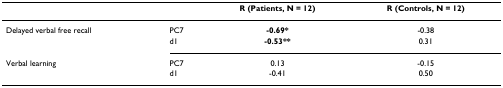
<table><thead><tr><td></td><td></td><td><b>R (Patients, N = 12)</b></td><td><b>R (Controls, N = 12)</b></td></tr></thead><tbody><tr><td>Delayed verbal free recall</td><td>PC7</td><td><b>-0.69*</b></td><td>-0.38</td></tr><tr><td></td><td>d1</td><td><b>-0.53**</b></td><td>0.31</td></tr><tr><td>Verbal learning</td><td>PC7</td><td>0.13</td><td>-0.15</td></tr><tr><td></td><td>d1</td><td>-0.41</td><td>0.50</td></tr></tbody></table>